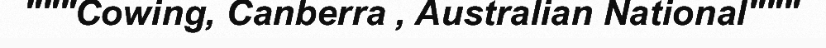
"""Cowing, Canberra , Australian National"""